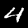
Label: 4